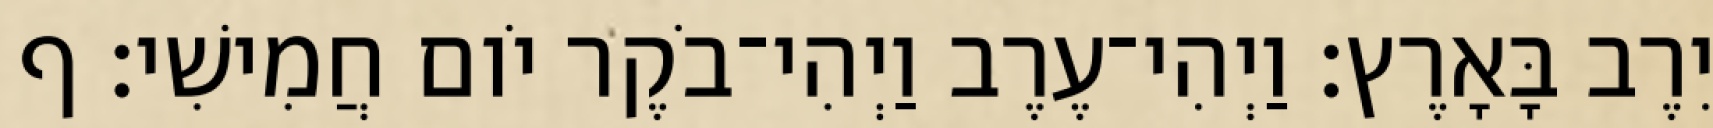
יִרֶב בָּאָרֶץ׃ וַיְהִי־עֶרֶב וַיְהִי־בֹקֶר יֹום חֲמִישִׁי׃ ף